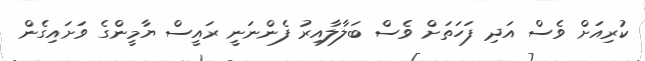
ކުރިއަށް ވެސް އަދި ފަހަތަށް ވެސް ބަލާލާއިރު ފެންނަނީ ރައީސް ޔާމީންގެ ވަށައިގެން